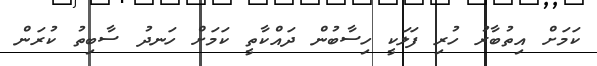
ކަމަށް އިތުބާރު ހުރި ފަލަކީ ހިސާބުން ދައްކާތީ ކަމަށް ހަނދު ސާބިތު ކުރަން